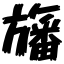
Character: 旛